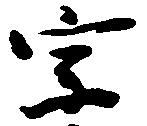
宗